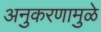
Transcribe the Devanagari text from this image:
अनुकरणामुळे